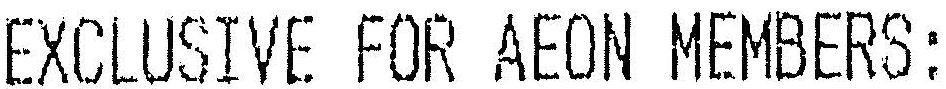
EXCLUSIVE FOR AEON MEMBERS: